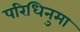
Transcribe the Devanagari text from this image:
परिधिनुमा